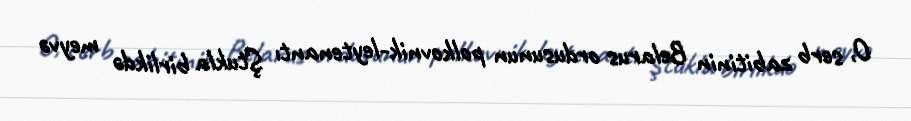
O, serb zabitinin Belarus ordusunun polkovnik-leytenantı Ştukla birlikdə meyvə